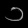
Digit: ၁